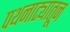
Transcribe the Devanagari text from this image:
पथनाट्यातून